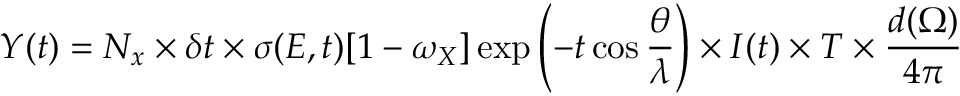
Y ( t ) = N _ { x } \times \delta t \times \sigma ( E , t ) [ 1 - \omega _ { X } ] \exp \left( - t \cos { \frac { \theta } { \lambda } } \right) \times I ( t ) \times T \times { \frac { d ( \Omega ) } { 4 \pi } }